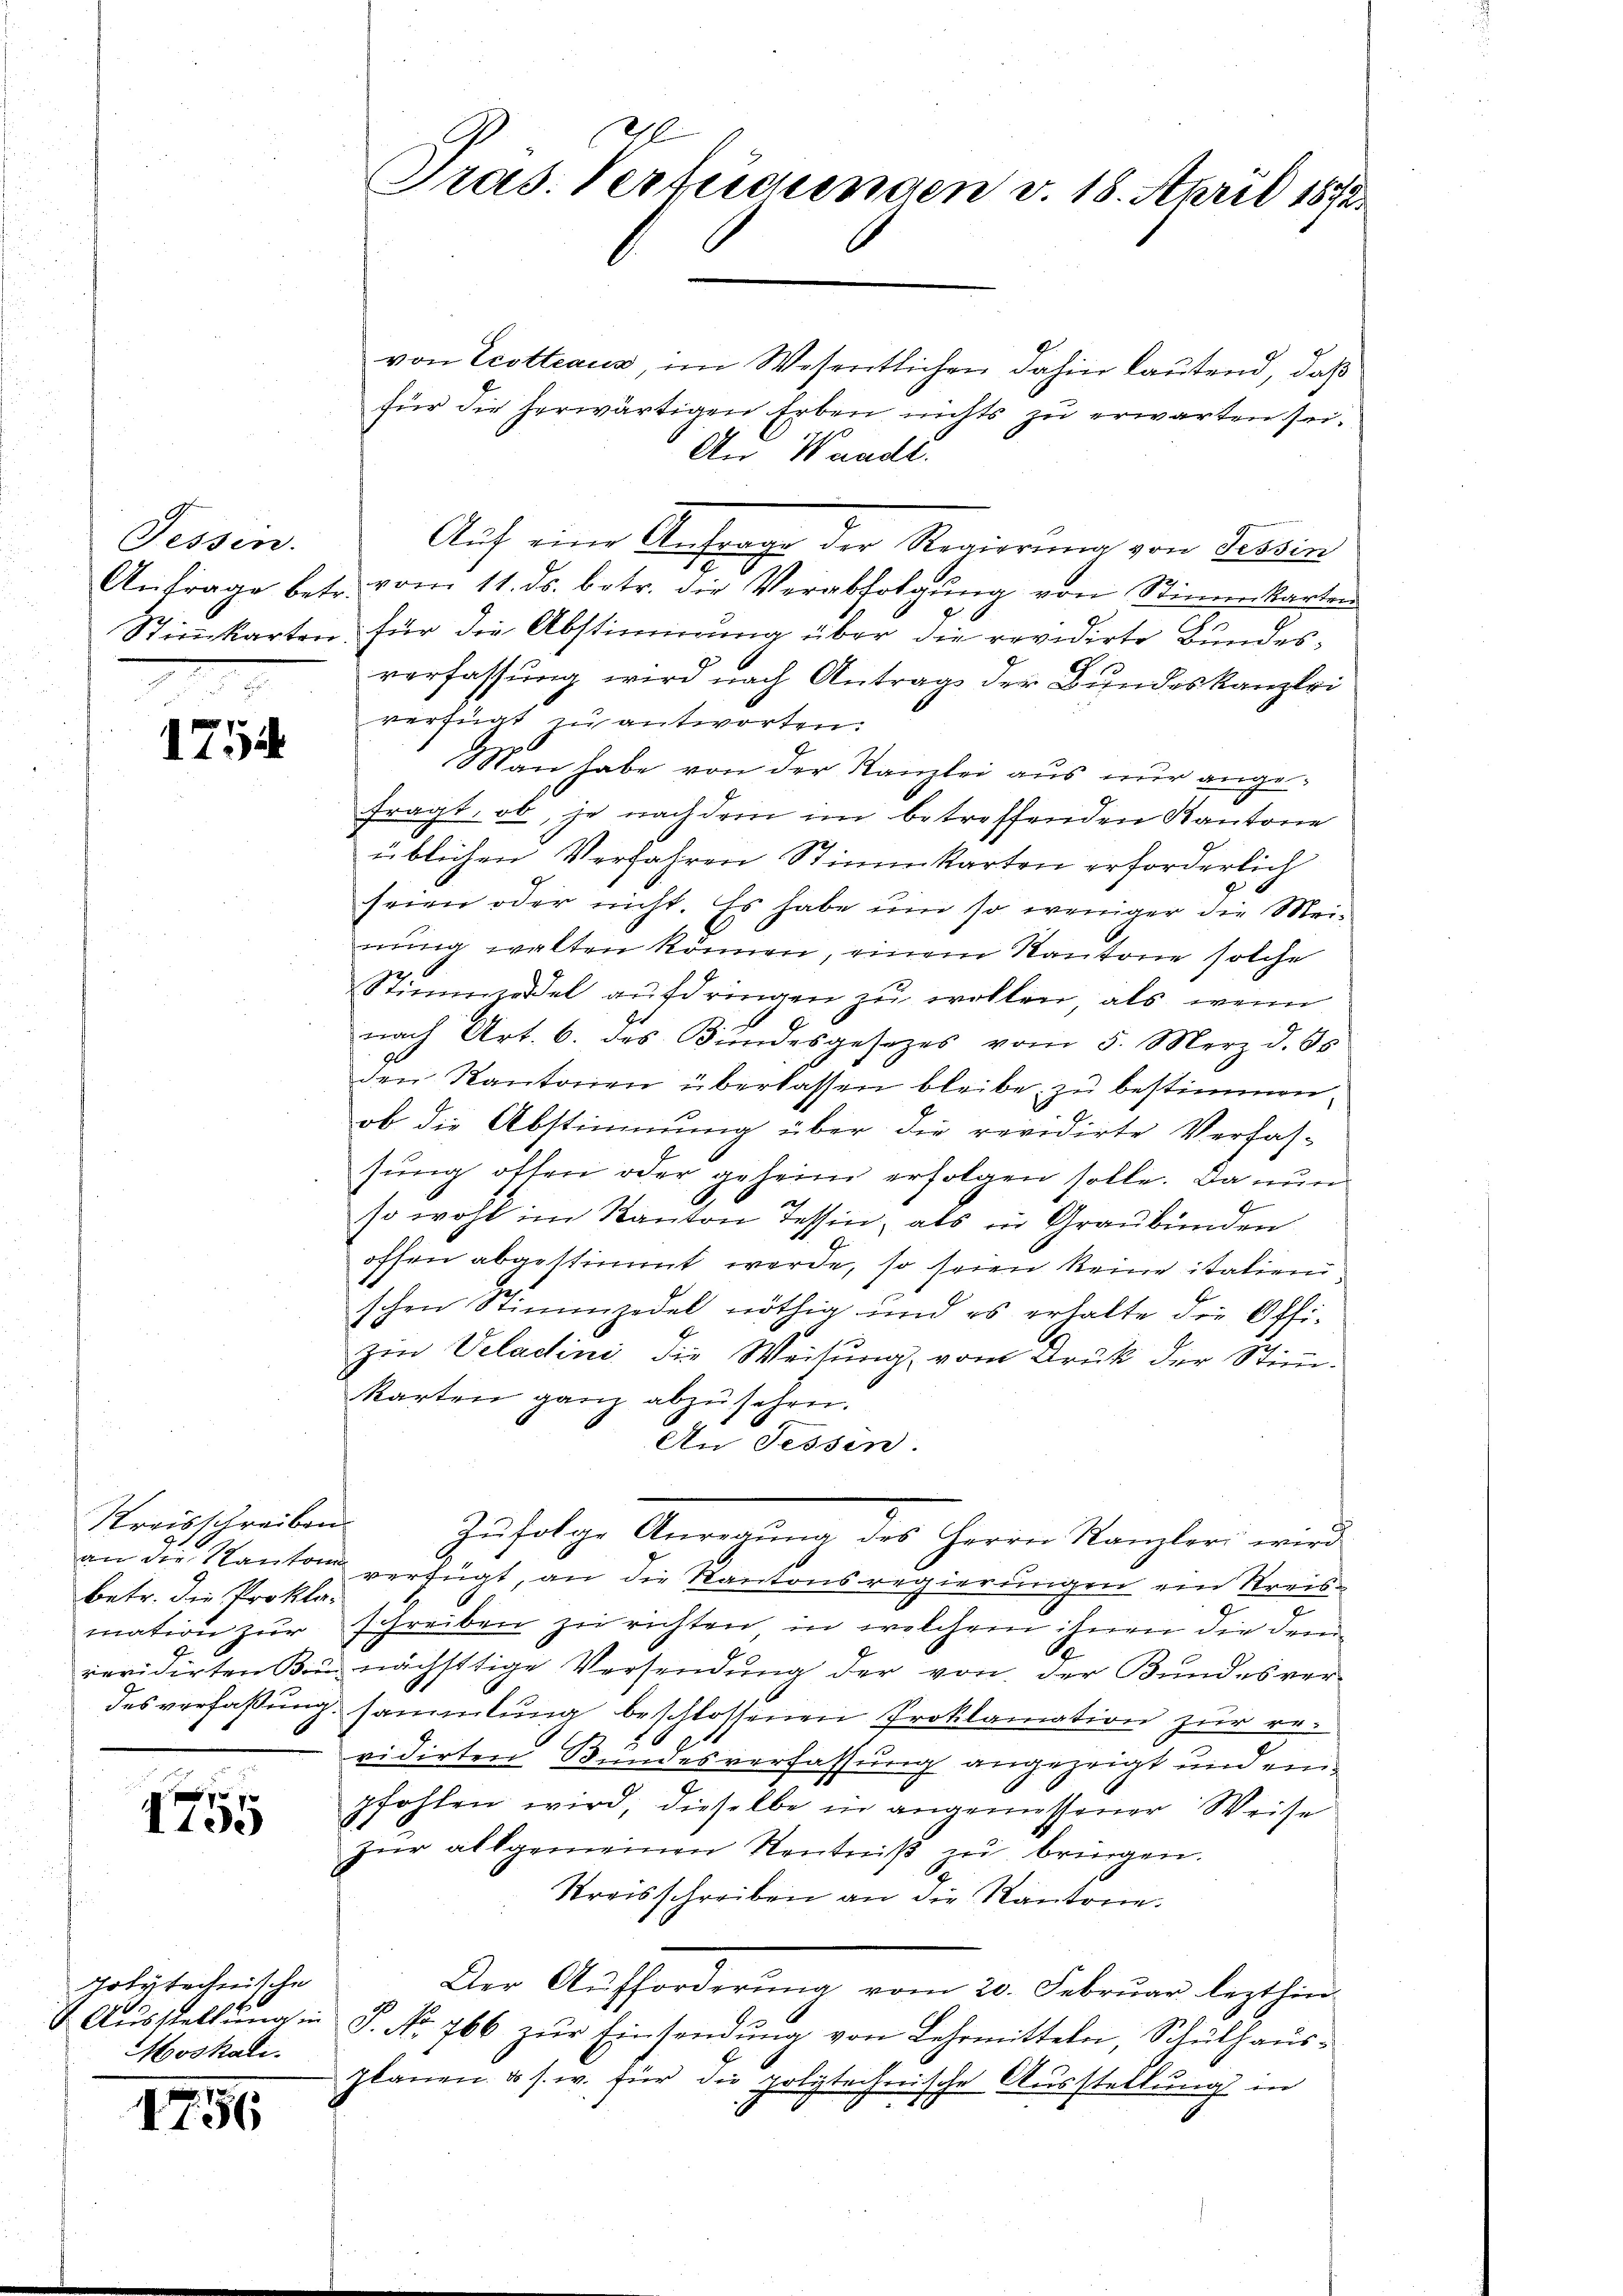
Fessen.

1755

Kreisschreiben.
betr. die Prokla¬

x
1100

Polytechnische
Moskali.

1756

Pras. Verfügungen v. 18. April 1872

von Ecotteaus, im Wesentlichen dahin lautend, daß
für die herwärtigen Arben nichts zu erwarten sei.
An Waadt.
Aŭf eine Anfrage der Regierung von Tessin
Anfrage betr. vom 11. ds. betr. die Verabfolgŭng von Stimmkarten
Stimmkarten, für die Abstimmung über die revidirte Bundesverfassung wird nach Antrag der Bundeskanzlei
verfunt zu antworten.
Man habe von der Kanzlei aus nur angefragt, ob, je nach dem im betreffenden Kantone
üblichen Verfahren Stimmkarten erforderlich
seien oder nicht. Es habe um so weniger die Meinung walten können, einem Kantone solche
Stimmzeddel aufdringen zu wollen, als wenn
nach Art. 6. des Bundesgesetzes vom 5. März d. 85.
den Kantonen überlassen bleibe, zu bestimmen,
ob die Abstimmung über die revidirte Verfas-
sung often oder geheim erfolgen solle. Da nun
so wohl im Kanton Tessin, als in Graubünden
offen abgestimmt werde, so seien keine italien
schen Stimmzedel nöthig und es erhalte die Offi-
zin Velatini die Weisung, vom Druk der Stimme
Karten ganz abzusehen.
An Tessin.
Zŭfolge Anregŭng des Herrn Kanzler wird
an die Kanton verfügt, an die Kantonsregierungen ein Kreismation zur schreiben zu richten, in welchem ihnen die dem
revidirten Bin nächstige Versendung der von der Bundesver-
desverfaßung sammlung beschlossenen Proklamation zur revidirten Bundesverfassung angezeigt und einpfohlen wird, dieselbe in angemessener Weise
zŭr allgemeinen Kentniß zu bringen.
Kreisschreiben an die Kantone.
Der Aufforderung vom 20. Februar lezthin
1. Aŭsstellŭng in S. No. 766 zŭr Einsendŭng von Lehrmitteln, Schŭlhaŭs-
Ilanen & s. w. für die polytechnische Ausstellung in